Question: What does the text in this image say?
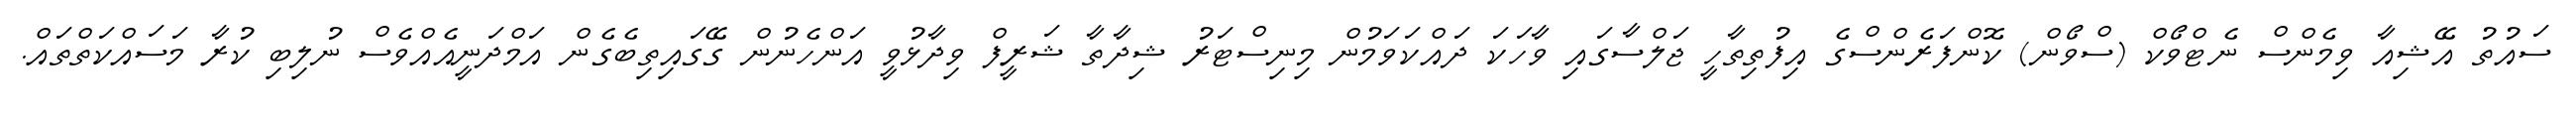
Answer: ސައުތު އޭޝިއާ ވިމެންސް ނެޓްވޯކް (ސްވޯން) ކޮންފަރެންސްގެ އިފުތިތާހީ ޖަލްސާގައި ވާހަކަ ދައްކަވަމުން މިނިސްޓަރު ޝިދާތާ ޝަރީފް ވިދާޅުވީ އަންހެނުން ގޭގައިތިބެގެން އަމްދަނީއެއްވެސް ނުލިބި ކުރާ މަސައްކަތްތައް.